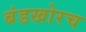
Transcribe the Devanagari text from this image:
बंडखोरच